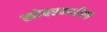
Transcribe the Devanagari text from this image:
खोबरमधील